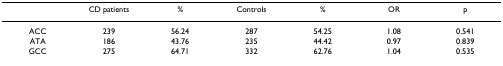
<table><thead><tr><td></td><td><b>CD patients</b></td><td><b>%</b></td><td><b>Controls</b></td><td><b>%</b></td><td><b>OR</b></td><td><b>p</b></td></tr></thead><tbody><tr><td>ACC</td><td>239</td><td>56.24</td><td>287</td><td>54.25</td><td>1.08</td><td>0.541</td></tr><tr><td>ATA</td><td>186</td><td>43.76</td><td>235</td><td>44.42</td><td>0.97</td><td>0.839</td></tr><tr><td>GCC</td><td>275</td><td>64.71</td><td>332</td><td>62.76</td><td>1.04</td><td>0.535</td></tr></tbody></table>